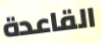
القاعدة